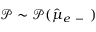
\mathscr P \sim \mathcal P ( \hat { \mu } _ { e \mathrm { ~ - ~ } } )